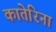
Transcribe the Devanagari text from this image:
कातेरिना